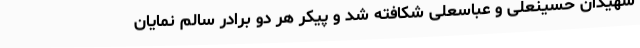
شهیدان حسینعلی و عباسعلی شکافته شد و پیکر هر دو برادر سالم نمایان